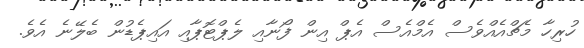
ހުރިހާ މެޗްއެއްވެސް އެމްއެސް އެޕް އިން ފޯނާއި ލެޕްޓޮޕާއި އައިޕެޑުން ބެލޭނެ އެވެ.